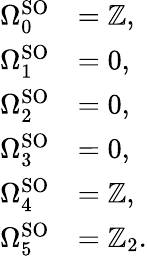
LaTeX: {\begin{array}{rl}{\Omega_{0}^{\mathrm{SO}}}&{=\mathbb{Z},}\\ {\Omega_{1}^{\mathrm{SO}}}&{=0,}\\ {\Omega_{2}^{\mathrm{SO}}}&{=0,}\\ {\Omega_{3}^{\mathrm{SO}}}&{=0,}\\ {\Omega_{4}^{\mathrm{SO}}}&{=\mathbb{Z},}\\ {\Omega_{5}^{\mathrm{SO}}}&{=\mathbb{Z}_{2}.}\end{array}}